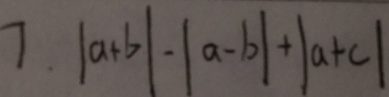
7 . \vert a + b \vert - \vert a - b \vert + \vert a + c \vert